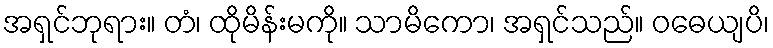
အရှင်ဘုရား။ တံ၊ ထိုမိန်းမကို။ သာမိကော၊ အရှင်သည်။ ဝဓေယျပိ၊